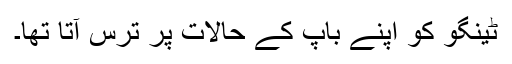
ٹینگو کو اپنے باپ کے حالات پر ترس آتا تھا۔